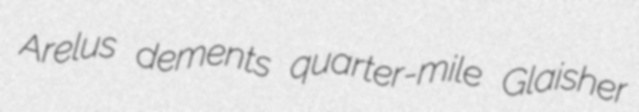
Arelus dements quarter-mile Glaisher